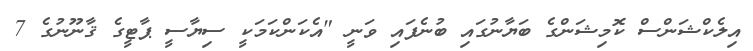
އިލެކްޝަންސް ކޮމިޝަންގެ ބަޔާނުގައި ބުނެފައި ވަނީ "އެކަންކަމަކީ ސިޔާސީ ޕާޓީގެ ޤާނޫނުގެ 7